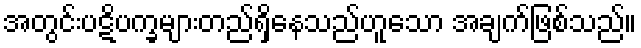
အတွင်းပဋိပက္ခများတည်ရှိနေသည်ဟူသော အချက်ဖြစ်သည်။